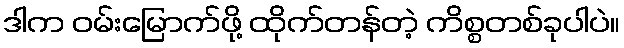
ဒါက ဝမ်းမြောက်ဖို့ ထိုက်တန်တဲ့ ကိစ္စတစ်ခုပါပဲ။